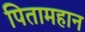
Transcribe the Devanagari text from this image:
पितामहान